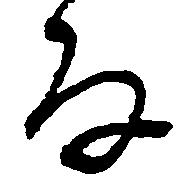
な